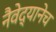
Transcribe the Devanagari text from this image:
नैवेद्यानेच